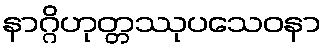
နာဂ္ဂိဟုတ္တဿုပသေဝနာ